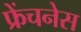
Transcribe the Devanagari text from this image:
फ्रेंचनेस